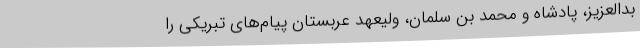
بدالعزیز، پادشاه و محمد بن سلمان، ولیعهد عربستان پیام‌های تبریکی را